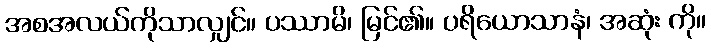
အစအလယ်ကိုသာလျှင်။ ပဿာမိ၊ မြင်၏။ ပရိယောသာနံ၊ အဆုံး ကို။